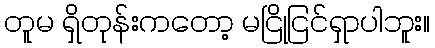
တူမ ရှိတုန်းကတော့ မငြိုငြင်ရှာပါဘူး။